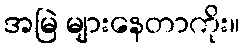
အမြဲ များနေတာကိုး။